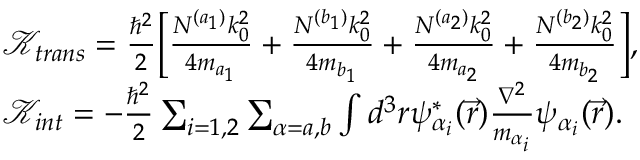
\begin{array} { r l } & { \mathcal { K } _ { t r a n s } = \frac { \hbar ^ { 2 } } { 2 } \Big [ \frac { N ^ { ( a _ { 1 } ) } k _ { 0 } ^ { 2 } } { 4 m _ { a _ { 1 } } } + \frac { N ^ { ( b _ { 1 } ) } k _ { 0 } ^ { 2 } } { 4 m _ { b _ { 1 } } } + \frac { N ^ { ( a _ { 2 } ) } k _ { 0 } ^ { 2 } } { 4 m _ { a _ { 2 } } } + \frac { N ^ { ( b _ { 2 } ) } k _ { 0 } ^ { 2 } } { 4 m _ { b _ { 2 } } } \Big ] , } \\ & { \mathcal { K } _ { i n t } = - \frac { \hbar ^ { 2 } } { 2 } \sum _ { i = 1 , 2 } \sum _ { \alpha = a , b } \int d ^ { 3 } r \psi _ { \alpha _ { i } } ^ { * } ( \vec { r } ) \frac { \nabla ^ { 2 } } { m _ { \alpha _ { i } } } \psi _ { \alpha _ { i } } ( \vec { r } ) . } \end{array}